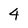
Character: 4